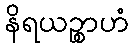
နိရယဉ္စာဟံ